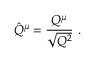
\hat { Q } ^ { \mu } = \frac { Q ^ { \mu } } { \sqrt { Q ^ { 2 } } } \ .